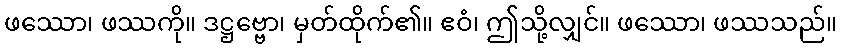
ဖဿော၊ ဖဿကို။ ဒဋ္ဌဗ္ဗော၊ မှတ်ထိုက်၏။ ဧဝံ၊ ဤသို့လျှင်။ ဖဿော၊ ဖဿသည်။